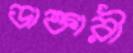
ডাক্তারী